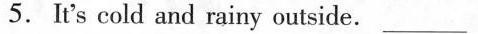
5. It's cold and rainy outside. ___